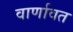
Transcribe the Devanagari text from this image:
वार्णावत